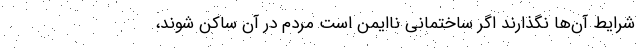
شرایط آن‌ها نگذارند اگر ساختمانی ناایمن است مردم در آن ساکن شوند،